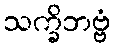
သက္ခိဘဗ္ဗံ